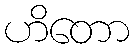
ဟိတော